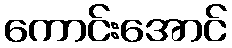
ကောင်းအောင်